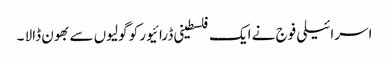
اسرائیلی فوج نے ایک فلسطینی ڈرائیور کو گولیوں سے بھون ڈالا ۔